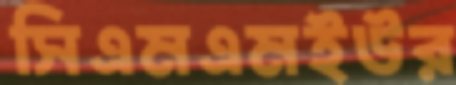
সিএমএমইউর